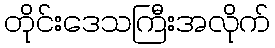
တိုင်းဒေသကြီးအလိုက်